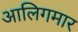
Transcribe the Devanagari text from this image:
आलिगमार